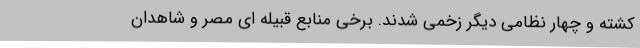
کشته و چهار نظامی دیگر زخمی شدند. برخی منابع قبیله ای مصر و شاهدان